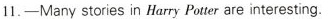
11.——Many stories in Harry Po ter are interesting.